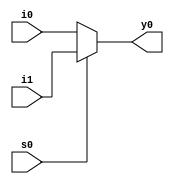
module mux_2_1(
	input i0,
	input i1,
	input s0,
	output y0
);
	assign y0=(s0)?i1:i0;
endmodule